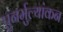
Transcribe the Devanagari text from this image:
पुनर्मुल्यांकन